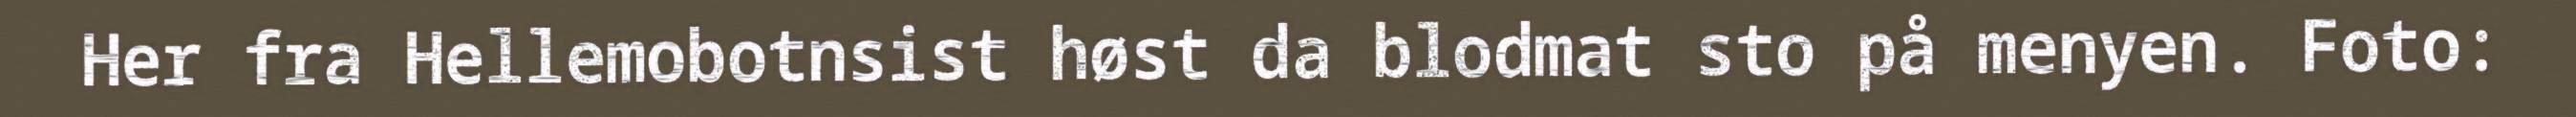
Her fra Hellemobotnsist høst da blodmat sto på menyen. Foto: